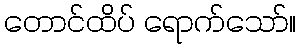
တောင်ထိပ် ရောက်သော်။